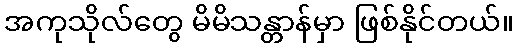
အကုသိုလ်တွေ မိမိသန္တာန်မှာ ဖြစ်နိုင်တယ်။